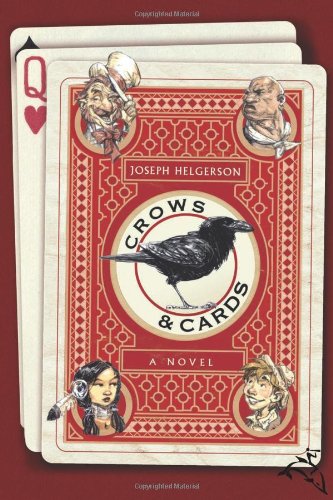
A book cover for Crows and Cards; Joseph Helgerson; Teen & Young Adult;